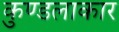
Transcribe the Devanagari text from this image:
कुण्डलाकार